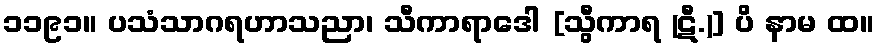
၁၁၉၁။ ပသံသာဂရဟာသညာ၊ သီကာရာဒေါ [သွီကာရ (ဋီ.)] ပိ နာမ ထ။